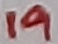
Text: 19